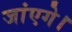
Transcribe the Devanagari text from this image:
जांएगे।